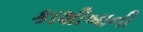
કાશીબાની